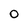
Character: 0